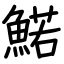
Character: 鰙